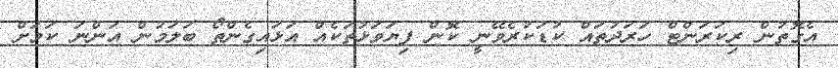
އެގޮތުން ރިކަރަންޓް ހަރަދުތައް ކުޑަކުރެވޭނީ ކޮން ފިޔަވަޅުތަކެއް އަޅައިގެންތޯ ބަލަމުން އަންނަ ކަމަށް